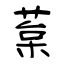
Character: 葈